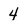
Character: 4